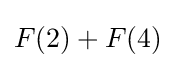
F(2)+F(4)